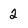
Character: 2